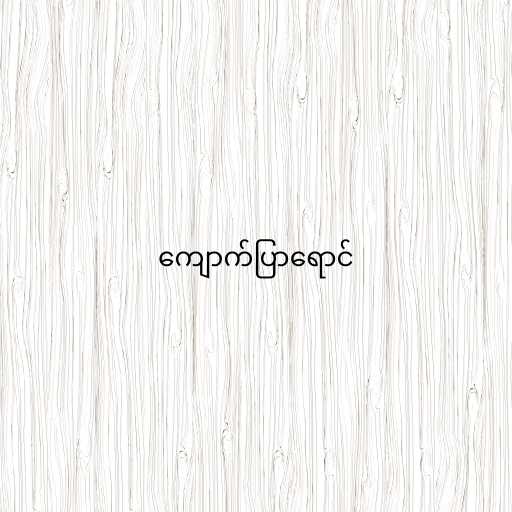
ကျောက်ပြာရောင်